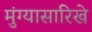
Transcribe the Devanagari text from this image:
मुंग्यासारिखे